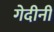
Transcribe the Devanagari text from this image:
गेदीनी